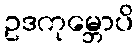
ဥဒကုမ္ဘောပိ